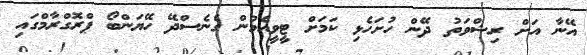
އޭނާ އަށް ރިޝްވަތު ދޭން ހުށަހެޅި ކަމަށް ޓީވީއެމުން ގެނެސްދޭ ހޭޔަންބޯ ޕްރޮގްރާމްގައި